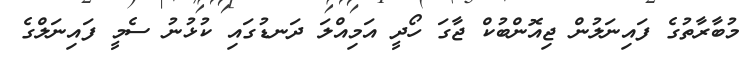
މުބާރާތުގެ ފައިނަލުން ޖިއޮންބުކް ޖާގަ ހޯދީ އަމިއްލަ ދަނޑުގައި ކުޅުނު ސެމީ ފައިނަލްގެ